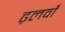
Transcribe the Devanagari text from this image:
ढ़लवाँ